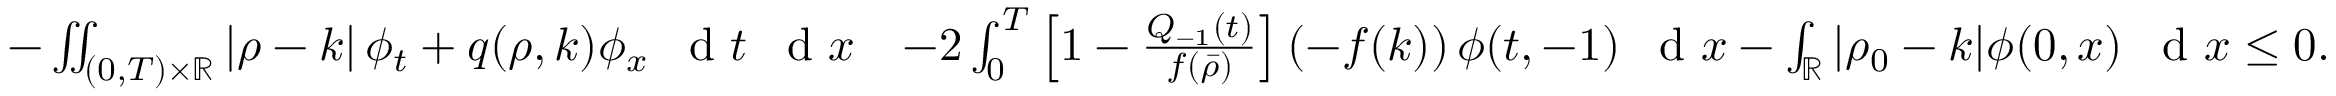
\begin{array} { r l } { - \iint _ { ( 0 , T ) \times \mathbb { R } } \left| \rho - k \right| \phi _ { t } + q ( \rho , k ) \phi _ { x } \textrm { \, d } t \textrm { \, d } x } & { - 2 \int _ { 0 } ^ { T } \left[ 1 - \frac { Q _ { - 1 } ( t ) } { f ( \bar { \rho } ) } \right] \left( - f ( k ) \right) \phi ( t , - 1 ) \textrm { \, d } x - \int _ { \mathbb { R } } | \rho _ { 0 } - k | \phi ( 0 , x ) \textrm { \, d } x \leq 0 . } \end{array}